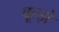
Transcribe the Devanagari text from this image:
वूल्झे